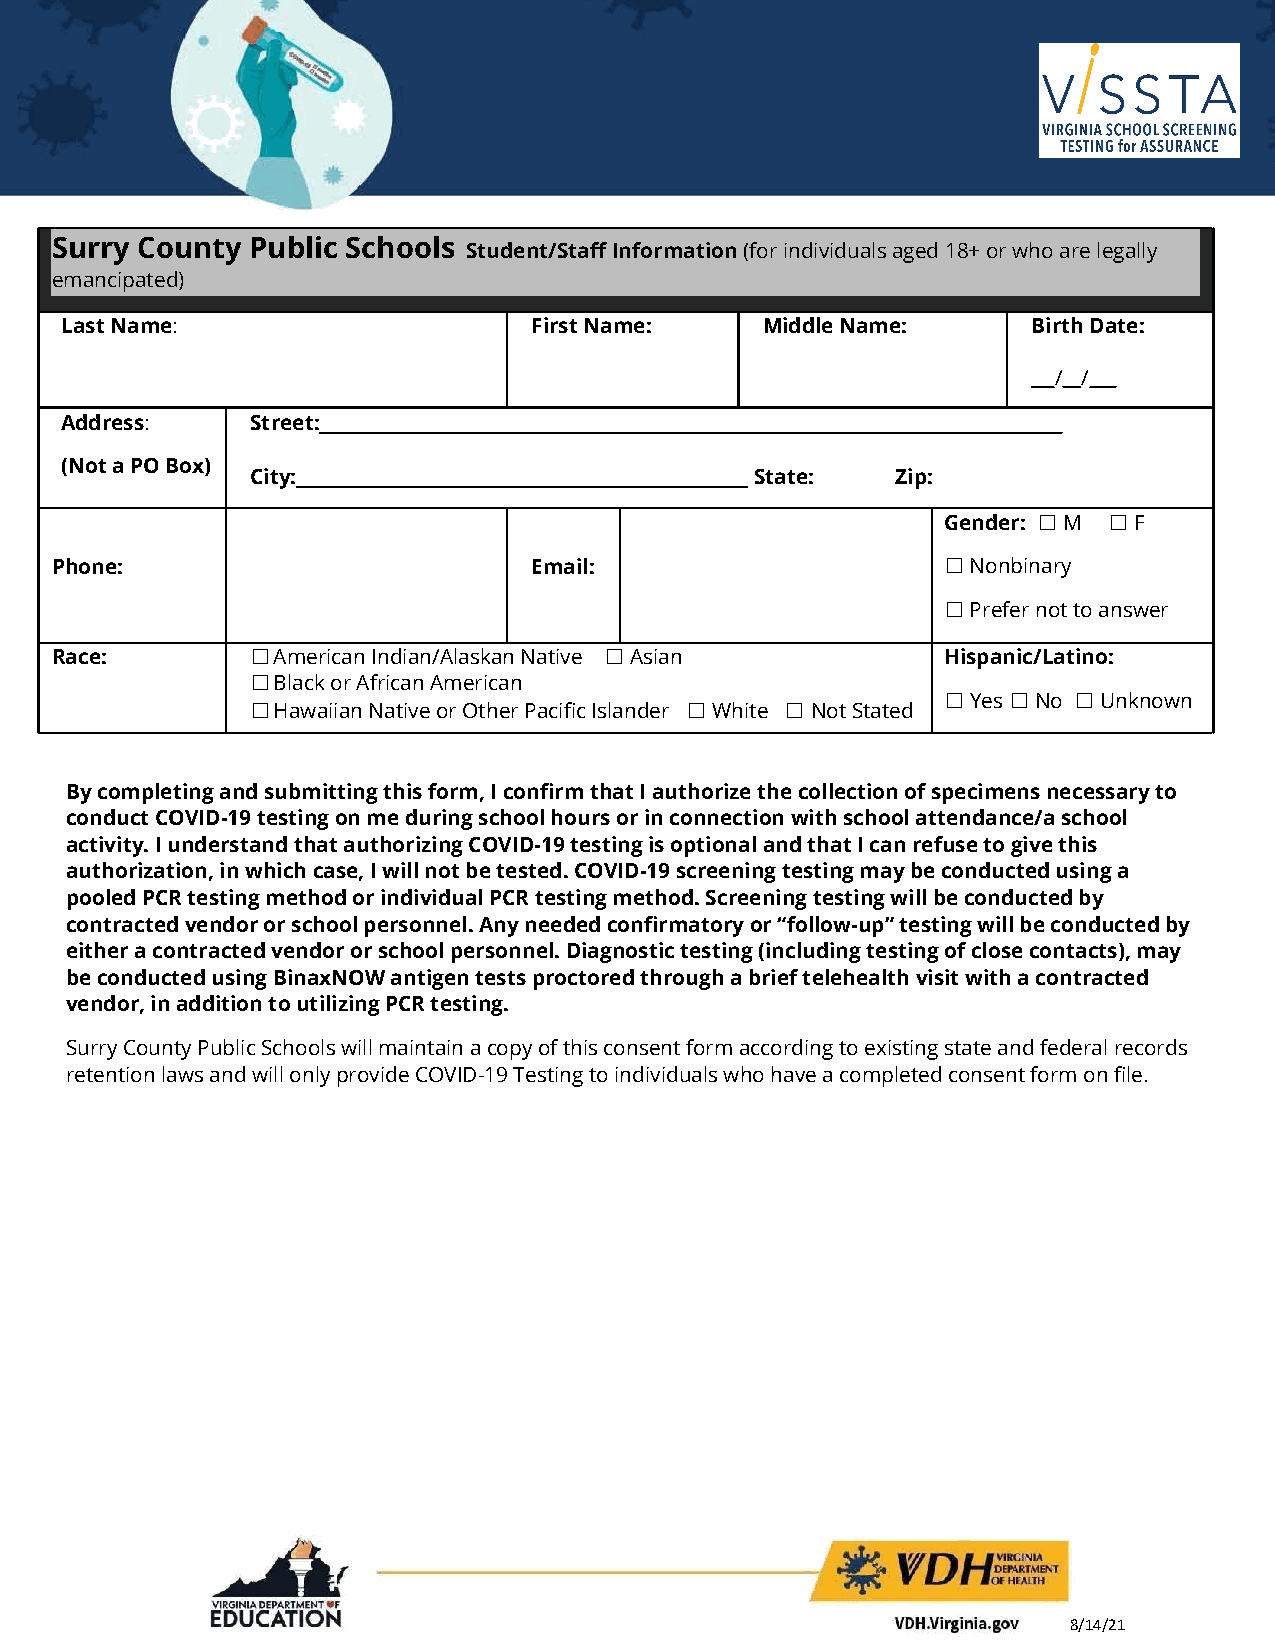
Surry County Public Schools Student/Staff Information(for individuals aged 18+ or who are legally
 emancipated)
 Last Name:                     First Name:    Middle Name:      Birth Date:
 __/ /___
 Address:     Street:
 (Not a PO Box)
 City:                            State:   Zip:
 Gender: ☐M ☐F
 Phone:                          Email:                     ☐Nonbinary
 ☐Prefer not to answer
 Race:         ☐American Indian/Alaskan Native ☐Asian       Hispanic/Latino:
 ☐Black or African American
 ☐Yes☐No  ☐Unknown
 ☐Hawaiian Native or Other Pacific Islander ☐White ☐Not Stated
 By completing and submitting this form, I confirm that I authorize the collection of specimens necessary to
 conduct COVID-19 testing on me during school hours or in connection with school attendance/a school
 activity. I understand that authorizing COVID-19 testing is optional and that I can refuse to give this
 authorization, in which case, I will not be tested. COVID-19 screening testing may be conducted using a
 pooled PCR testing method or individual PCR testing method. Screening testing will be conducted by
 contracted vendor or school personnel. Any needed confirmatory or “follow-up” testing will be conducted by
 either a contracted vendor or school personnel. Diagnostic testing (including testing of close contacts), may
 be conducted using BinaxNOW antigen tests proctored through a brief telehealth visit with a contracted
 vendor, in addition to utilizing PCR testing.
 Surry County Public Schools will maintain a copy of this consent form according to existing state and federal records
 retention laws and will only provide COVID-19 Testing to individuals who have a completed consent form on file.
 8/14/21